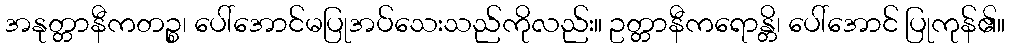
အနုတ္တာနီကတဉ္စ၊ ပေါ်အောင်မပြုအပ်သေးသည်ကိုလည်း။ ဥတ္တာနီကရောန္တိ၊ ပေါ်အောင် ပြုကုန်၏။